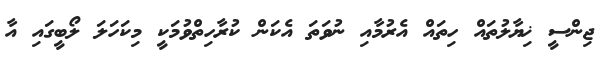
ޖިންސީ ޚިޔާލުތައް ހިތައް އެރުމާއި ނުވަތަ އެކަން ކުރާހިތްވުމަކީ މިކަހަލަ ލޯބީގައި އާ